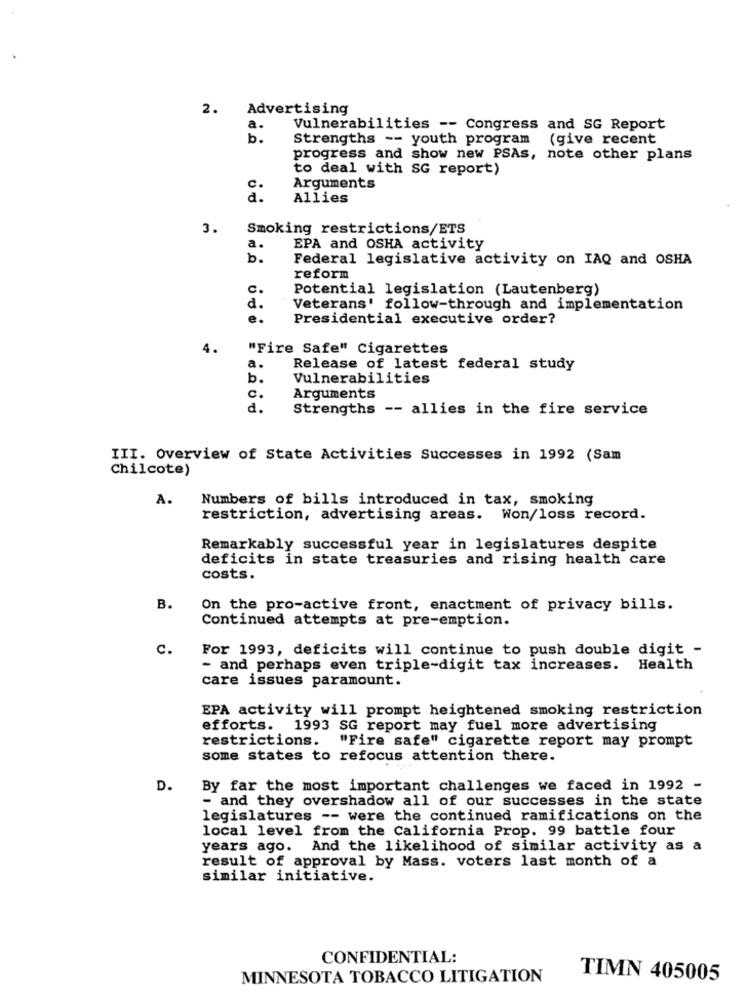
2. Advertising
a.
Vulnerabilities -- Congress and SG Report
b.
Strengths -- youth program (give recent
progress and show new PSAs, note other plans
to deal with SG report)
Arguments
00
Allies
3.
Smoking restrictions/ETS
a.
EPA and OSHA activity
b.
Federal legislative activity on IAQ and OSHA
reform
c.
Potential legislation (Lautenberg)
d.
Veterans' follow-through and implementation
e.
Presidential executive order?
4.
"Fire Safe" Cigarettes
a.
Release of latest federal study
b.
Vulnerabilities
c.
Arguments
d.
Strengths -- allies in the fire service
III. Overview of State Activities Successes in 1992 (Sam
Chilcote)
A.
Numbers of bills introduced in tax, smoking
restriction, advertising areas. Won/loss record.
Remarkably successful year in legislatures despite
deficits in state treasuries and rising health care
costs.
B.
On the pro-active front, enactment of privacy bills.
Continued attempts at pre-emption.
C.
For 1993, deficits will continue to push double digit -
- and perhaps even triple-digit tax increases. Health
care issues paramount.
EPA activity will prompt heightened smoking restriction
efforts. 1993 SG report may fuel more advertising
restrictions.
"Fire safe" cigarette report may prompt
some states to refocus attention there.
D.
By far the most important challenges we faced in 1992 -
- and they overshadow all of our successes in the state
legislatures -- were the continued ramifications on the
local level from the California Prop. 99 battle four
years ago. And the likelihood of similar activity as a
result of approval by Mass. voters last month of a
similar initiative.
CONFIDENTIAL:
MINNESOTA TOBACCO LITIGATION
TIMN 405005